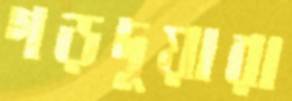
গড়দুয়ারা